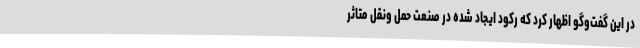
در این گفت‌وگو اظهار کرد که رکود ایجاد شده در صنعت حمل ونقل متاثر